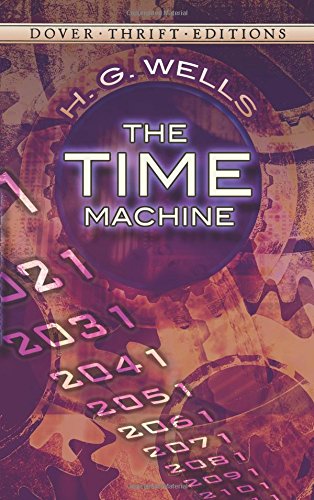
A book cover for The Time Machine (Dover Thrift Editions); H. G. Wells; Literature & Fiction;